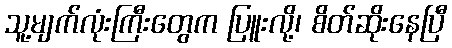
သူ့မျက်လုံးကြီးတွေက ပြူးလို့၊ စိတ်ဆိုးနေပြီ